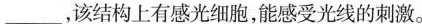
___，该结构上有感光细胞，能感受光线的刺激。